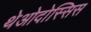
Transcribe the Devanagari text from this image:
थेओदोस्सिस